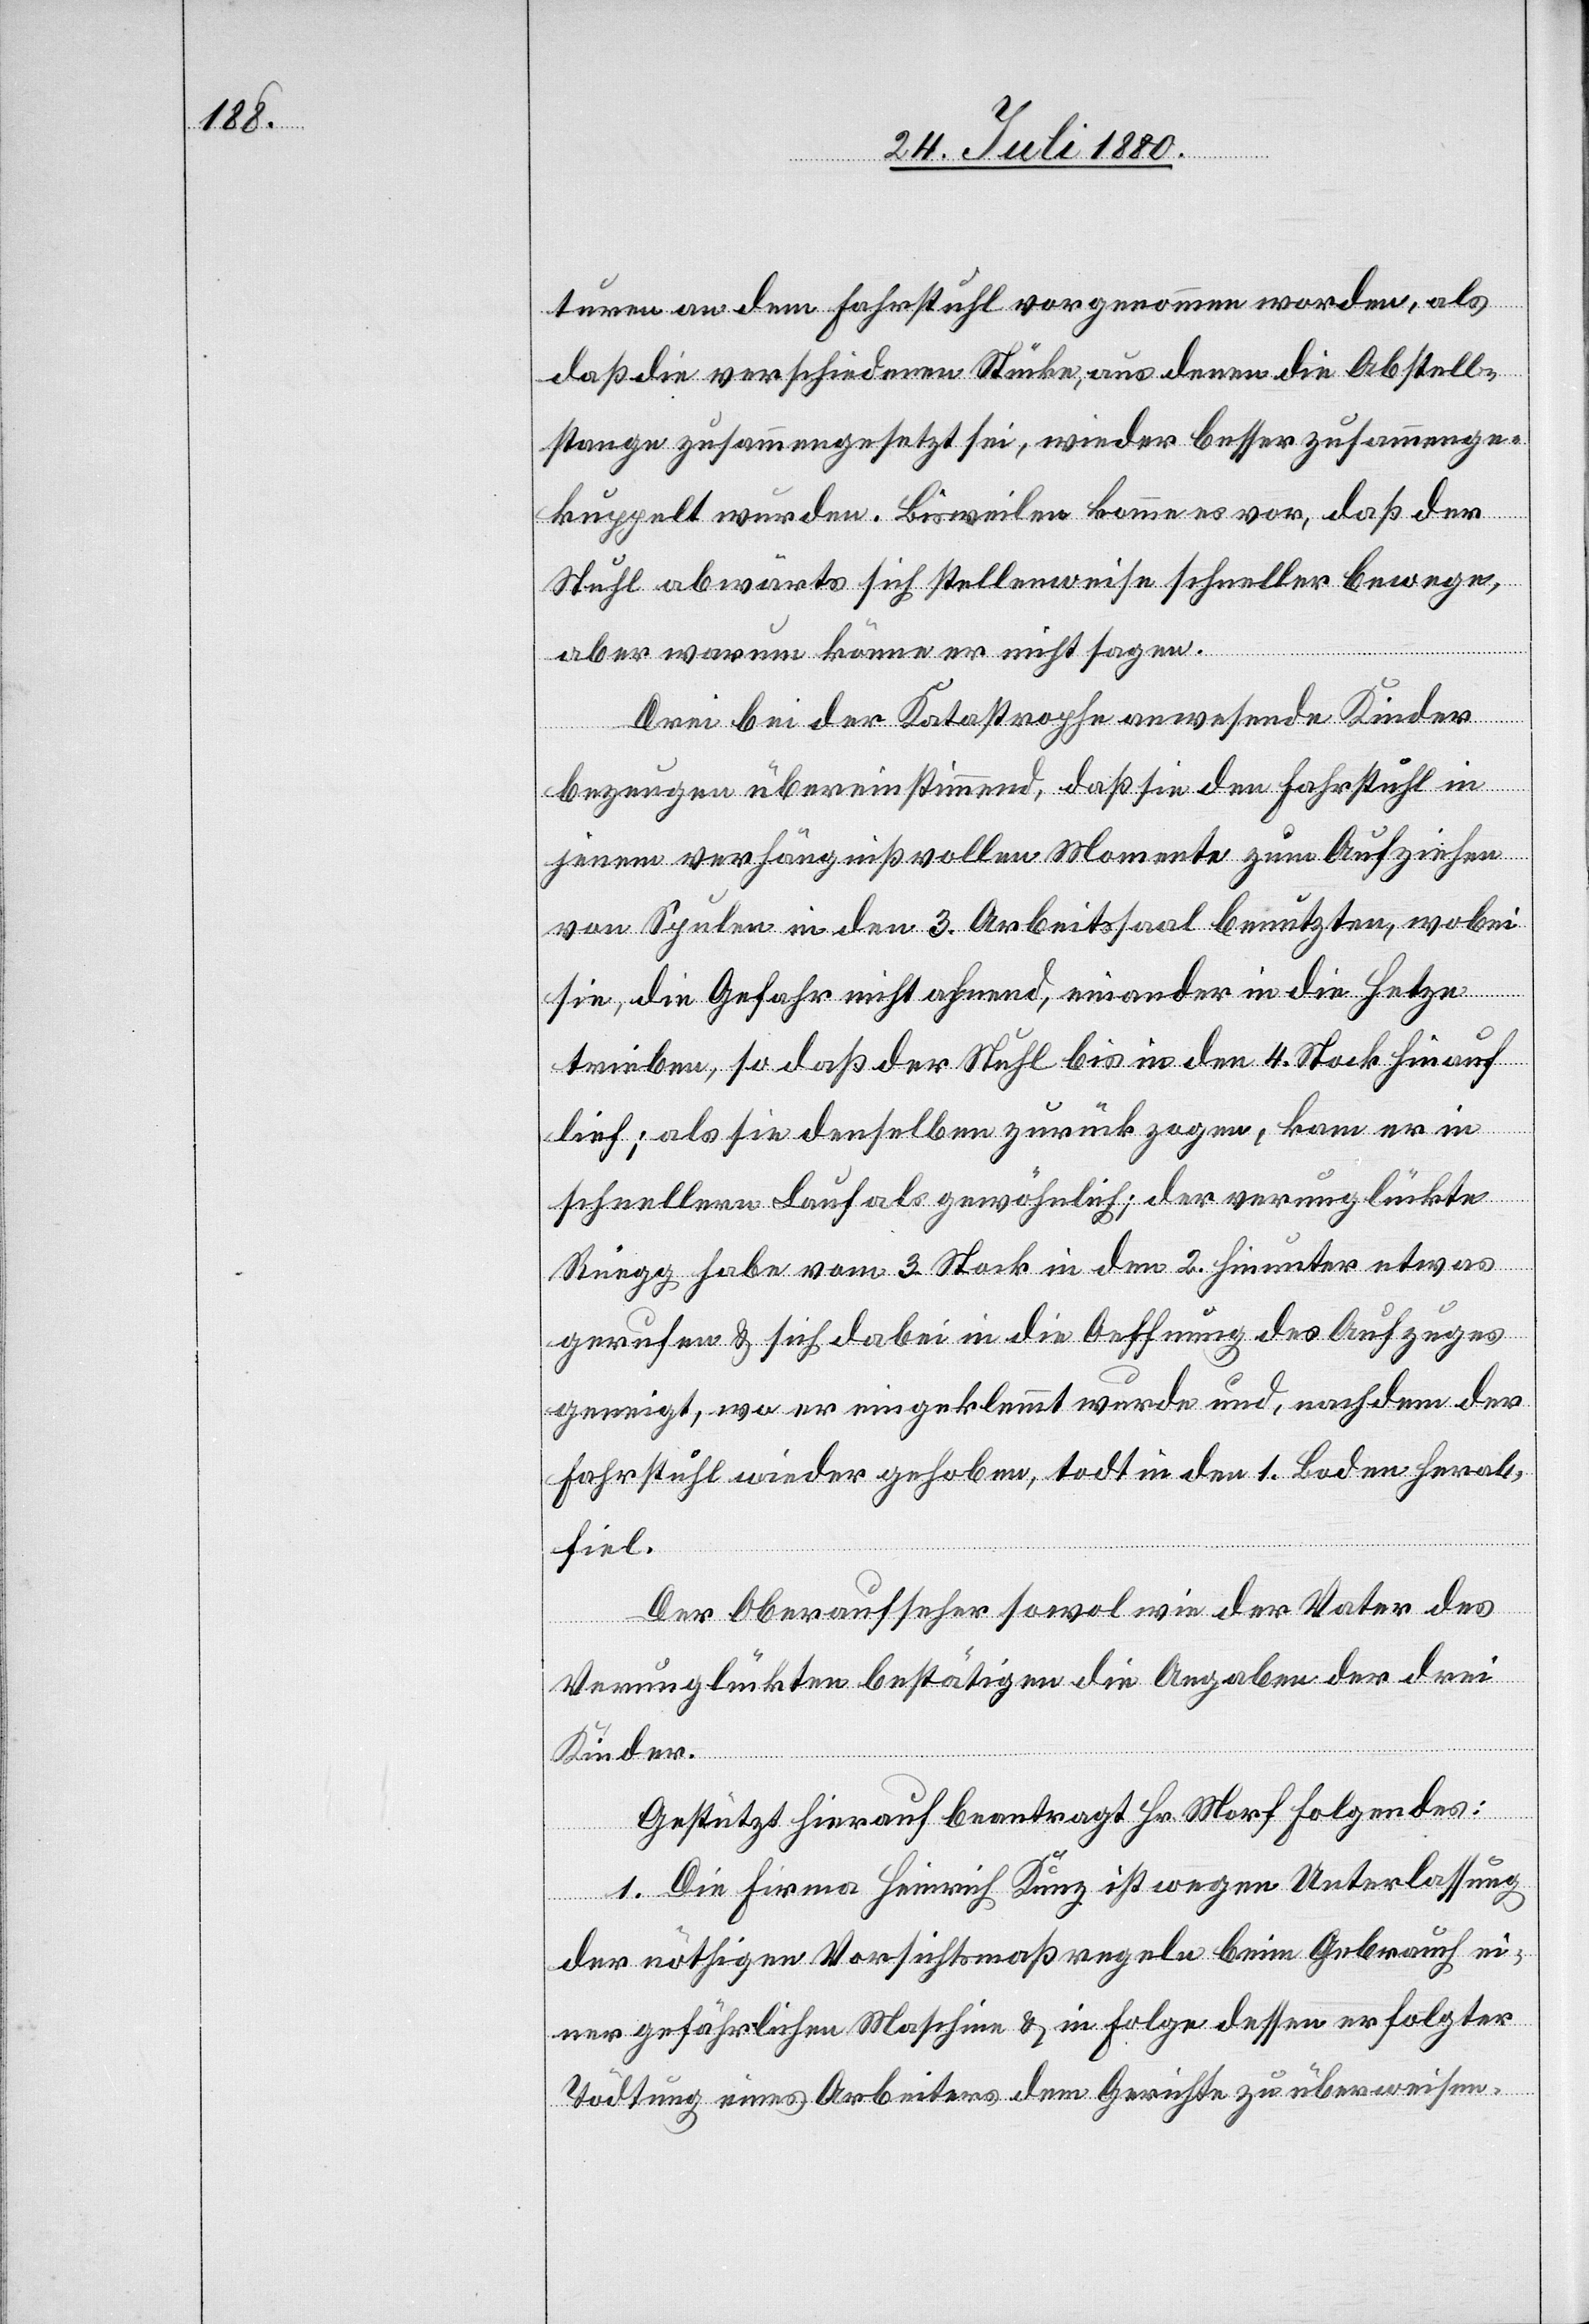
turen an dem Fahrstuhl vorgenommen worden, als
daß die verschiedenen Stücke, aus denen die Abstell¬
stange zusammengesetzt sei, wieder besser zusammenge¬
kuppelt wurden. Bisweilen komme es vor, daß der
Stuhl abwärts sich stellenweise schneller bewege,
aber warum könne er nicht sagen.
Drei bei der Katastrophe anwesende Kinder
bezeugen übereinstimmend, daß sie den Fahrstuhl in
jenem verhängißvollen Momente zum Aufziehen
von Spulen in den 3. Arbeitssaal benutzten, wobei
sie die Gefahr nicht ahnend, einander in die Hetze
trieben, so daß der Stuhl bis in den 4. Stock hinauf
lief; als sie denselben zurück zogen, kam er in
schnellern Lauf als gewöhnlich; der verunglückte
Rüegg habe vom 3. Stock in den 2. hinunter etwas
gerufen & sich dabei in die Oeffnung des Aufzuges
geneigt, wo er eingeklemmt wurde und, nachdem der
Fahrstuhl wieder gehoben, todt in den 1. Boden herab¬
fiel.
Der Oberaufseher sowol wie der Vater des
Verunglückten bestätigen die Angabe der drei
Kinder.
Gestützt hierauf beantragt Hr. Morf Folgendes:
1. Die Firma Heinrich Kunz ist wegen Unterlassung
der nöthigen Vorsichtsmaßregeln beim Gebrauch ei¬
ner gefährlichen Maschine & in Folge dessen erfolgter
Tödtung eines Arbeiters dem Gerichte zu überweisen.